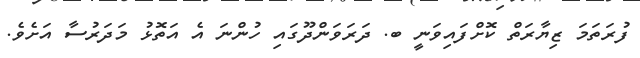
ފުރަތަމަ ޒިޔާރަތް ކޮށްފައިވަނީ ބ. ދަރަވަންދޫގައި ހުންނަ އެ އަތޮޅު މަދަރުސާ އަށެވެ.